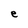
Character: e